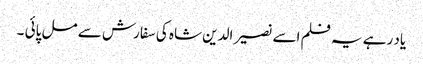
یاد رہے یہ فلم اسے نصیر الدین شاہ کی سفارش سے مل پائی ۔